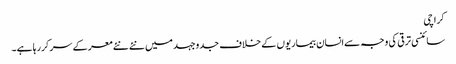
کراچی
سائنسی ترقی کی وجہ سےانسان بیماریوں کے خلاف جدوجہد میں نئے نئے معرکے سر کررہا ہے۔